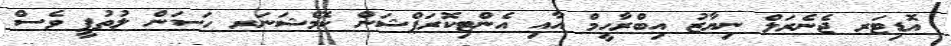
އޮޑިޓަރ ޖެނެރަލް ނިޔާޒު އިބްރާހީމް އާއި އެންޓިކޮރަޕްޝަން ކޮމެޝަނަރ ހަސަން ލުތުފީ ވެސް